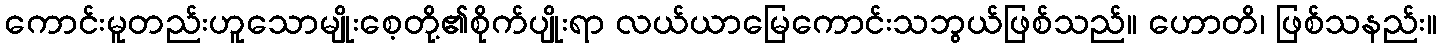
ကောင်းမူတည်းဟူသောမျိုးစေ့တို့၏စိုက်ပျိုးရာ လယ်ယာမြေကောင်းသဘွယ်ဖြစ်သည်။ ဟောတိ၊ ဖြစ်သနည်း။